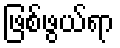
ဖြစ်ဖွယ်ရာ